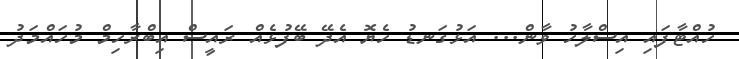
ހުއްޓާފައި އިސްލާހު ވާން... އަޅުގަނޑު ހެޔޮ އެދޭ ބޭފުުޅެއް ރައީސް އިބްރާހިމް މުހައްމަދު